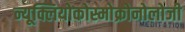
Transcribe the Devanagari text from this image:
न्यूक्लियोकोस्मोक्रोनोलोजी